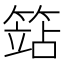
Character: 𥱱